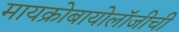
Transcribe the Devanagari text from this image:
मायक्रोबायोलॉजीची